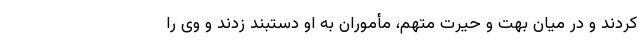
کردند و در میان بهت و حیرت متهم، مأموران به او دستبند زدند و وی را